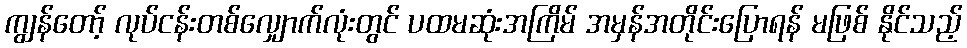
ကျွန်တော့် လုပ်ငန်းတစ်လျှောက်လုံးတွင် ပထမဆုံးအကြိမ် အမှန်အတိုင်းပြောရန် မဖြစ် နိုင်သည့်